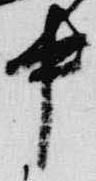
中